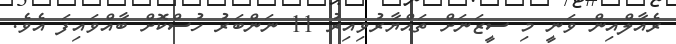
ރެއާލްއިން ވަނީ މި ސީޒަނަށް ތައްޔާރުވިއިރު 11 ނަންބަރު ހުސްކޮށް ބާއްވައިފަ އެވެ.